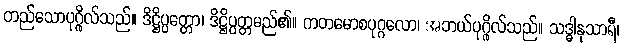
တည်သောပုဂ္ဂိုလ်သည်။ ဒိဋ္ဌိပ္ပတ္တော၊ ဒိဋ္ဌိပ္ပတ္တမည်၏။ ကတမောစပုဂ္ဂလော၊ အဘယ်ပုဂ္ဂိုလ်သည်။ သဒ္ဓါနုသာရီ၊